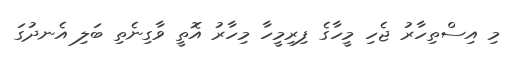
މި އިސްތިހާރު ޖެހި މީހާގެ ފިރިމީހާ މިހާރު އޮތީ ވާގިނެތި ބަލި އެނދުގަ